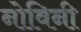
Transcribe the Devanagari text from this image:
नोविनी